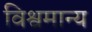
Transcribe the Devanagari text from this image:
विश्वमान्य